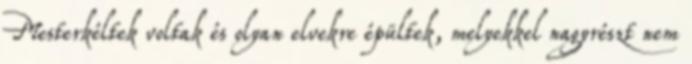
Mesterkéltek voltak és olyan elvekre épültek, melyekkel nagyrészt nem